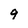
Character: 9